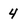
Character: 4